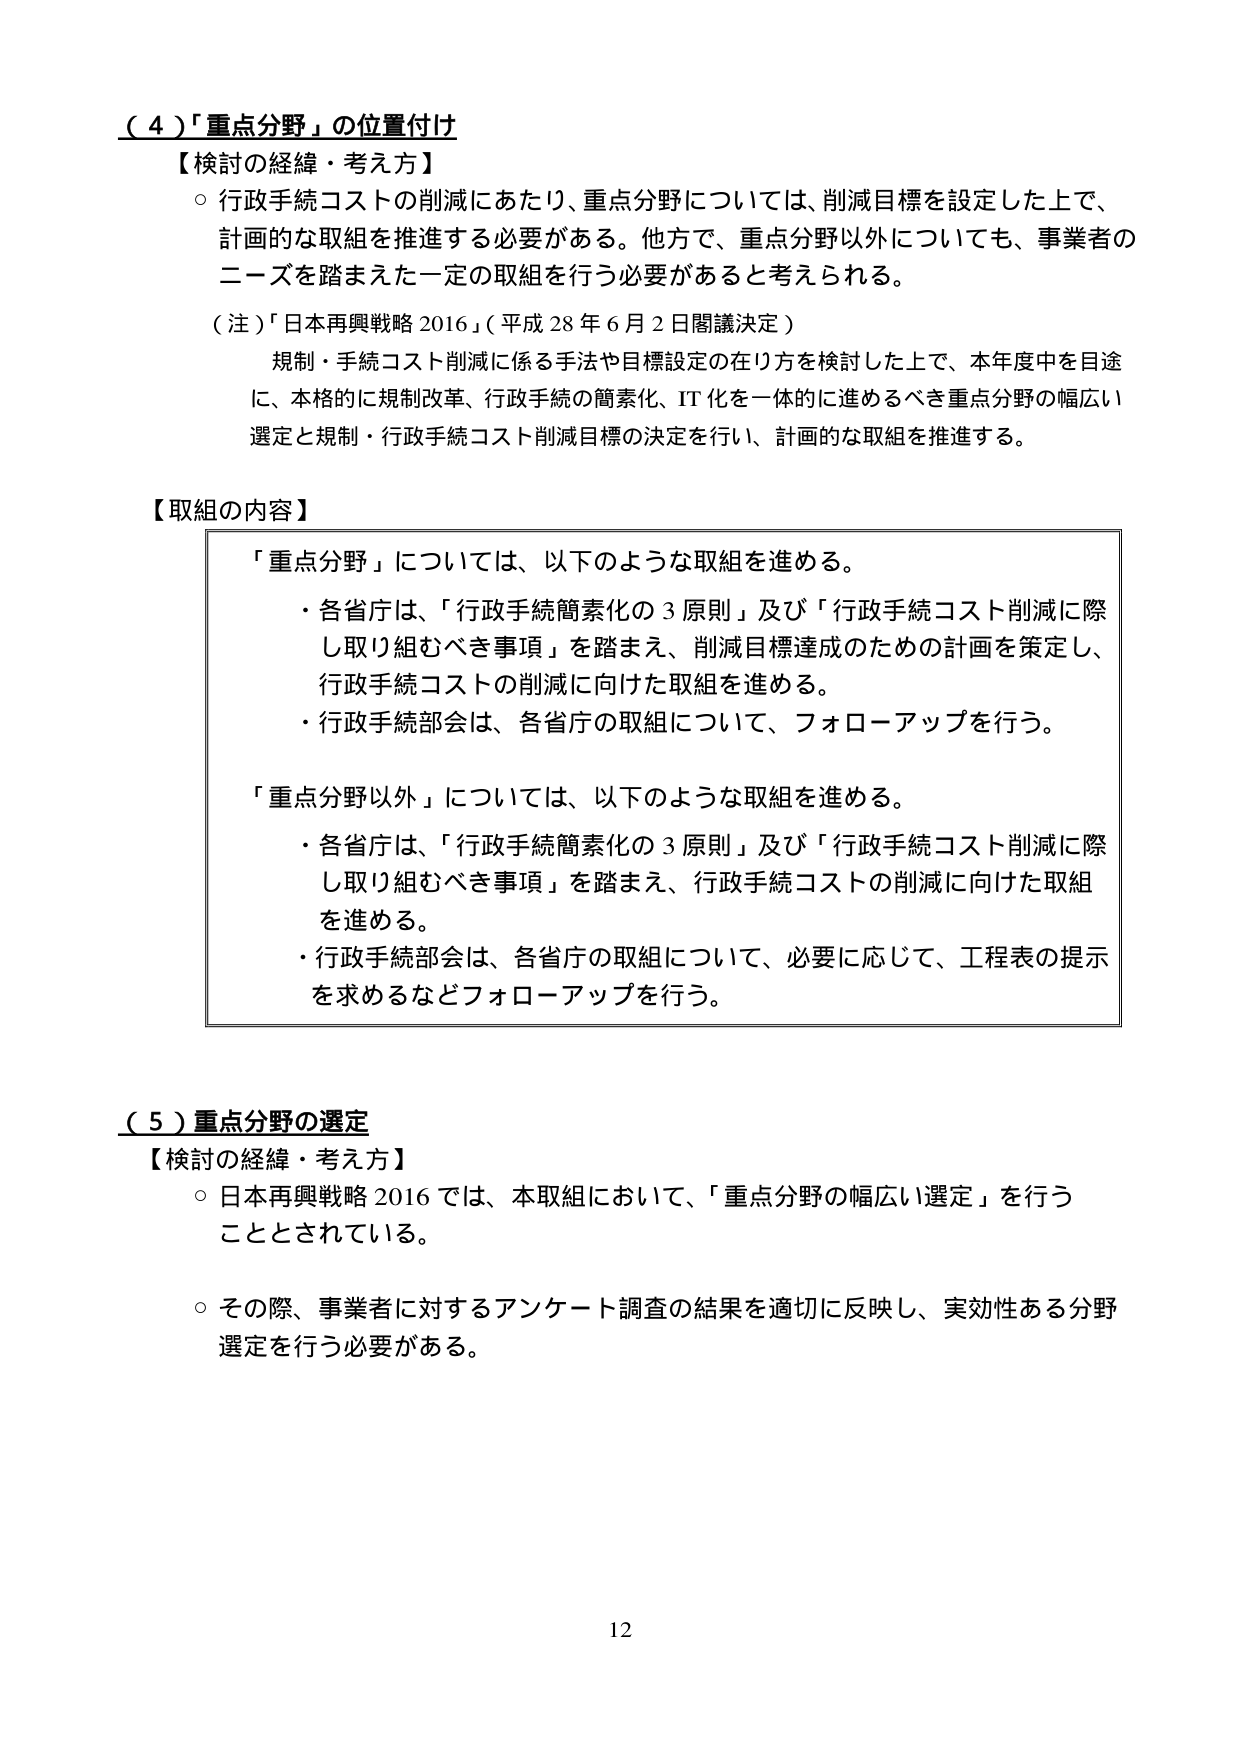
（４）「重点分野」の位置付け
【検討の経緯・考え方】
○ 行政手続コストの削減にあたり、重点分野については、削減目標を設定した上で、
計画的な取組を推進する必要がある。他方で、重点分野以外についても、事業者の
ニーズを踏まえた一定の取組を行う必要があると考えられる。

（注）「日本再興戦略 2016」（平成 28 年 6 月 2 日閣議決定）
　　規制・手続コスト削減に係る手法や目標設定の在り方を検討した上で、本年度中を目途
　　に、本格的に規制改革、行政手続の簡素化、IT 化を一体的に進めるべき重点分野の幅広い
　　選定と規制・行政手続コスト削減目標の決定を行い、計画的な取組を推進する。

【取組の内容】
　「重点分野」については、以下のような取組を進める。
　・各省庁は、「行政手続簡素化の３原則」及び「行政手続コスト削減に際
　　し取り組むべき事項」を踏まえ、削減目標達成のための計画を策定し、
　　行政手続コストの削減に向けた取組を進める。
　・行政手続部会は、各省庁の取組について、フォローアップを行う。

　「重点分野以外」については、以下のような取組を進める。
　・各省庁は、「行政手続簡素化の３原則」及び「行政手続コスト削減に際
　　し取り組むべき事項」を踏まえ、行政手続コストの削減に向けた取組
　　を進める。
　・行政手続部会は、各省庁の取組について、必要に応じて、工程表の提示
　　を求めるなどフォローアップを行う。

（５）重点分野の選定
【検討の経緯・考え方】
○ 日本再興戦略 2016 では、本取組において、「重点分野の幅広い選定」を行う
　こととされている。

○ その際、事業者に対するアンケート調査の結果を適切に反映し、実効性ある分野
　選定を行う必要がある。

12